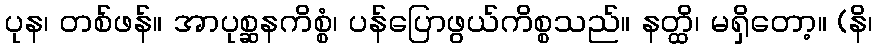
ပုန၊ တစ်ဖန်။ အာပုစ္ဆနကိစ္စံ၊ ပန်ပြောဖွယ်ကိစ္စသည်။ နတ္ထိ၊ မရှိတော့။ (နိ၊